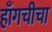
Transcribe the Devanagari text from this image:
हाँगचीचा